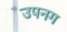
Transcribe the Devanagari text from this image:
उपनग